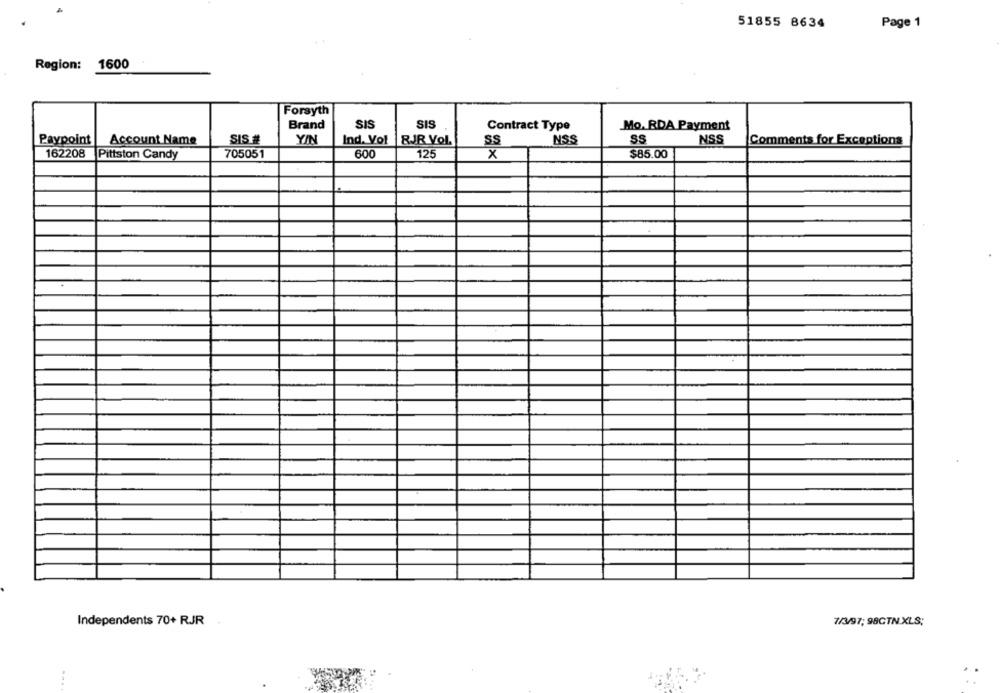
51855 8634
Page 1
Region: 1600
Forsyth
SIS
SIS
Brand
Contract Type
Mo. RDA Payment
SIS #
SS
Paypoint
Account Name
Y/N
Ind. Vol
RJR Vol.
SS
NSS
NSS
Comments for Exceptions
x
162208 Pittston Candy
705051
600
125
$85.00
Independents 70+ RJR
7/3/97; 98CTN XLS;